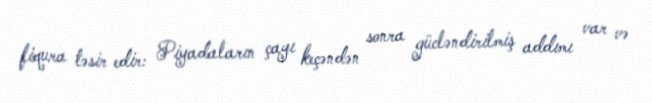
fiqura təsir edir: Piyadaların çayı keçəndən sonra gücləndirilmiş addımı var və